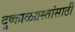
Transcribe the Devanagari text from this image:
दुष्काळग्रस्तांसाठी